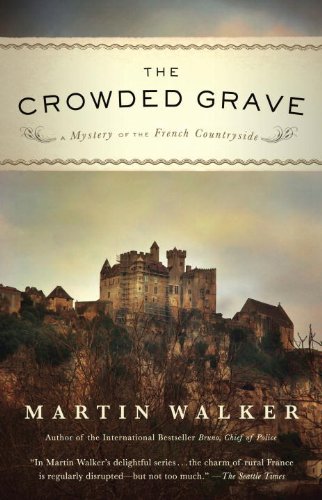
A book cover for The Crowded Grave: A Mystery of the French Countryside; Martin Walker; Mystery, Thriller & Suspense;